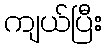
ကျယ်ပြီး